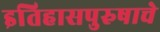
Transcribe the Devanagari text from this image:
इतिहासपुरुषाचे